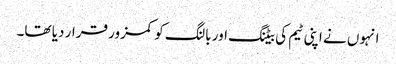
انہوں نے اپنی ٹیم کی بیٹنگ اور بالنگ کو کمزور قرار دیا تھا۔